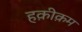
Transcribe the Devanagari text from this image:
हक़ीक़म